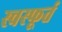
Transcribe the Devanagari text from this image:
स्वस्फूर्त